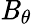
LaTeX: \mathit{B}_{\theta}